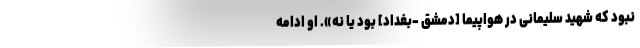
نبود که شهید سلیمانی در هواپیما [دمشق -بغداد] بود یا نه». او ادامه